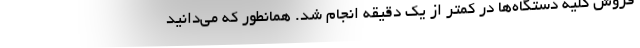
فروش کلیه دستگاه‌ها در کمتر از یک دقیقه انجام شد. همانطور که می‌دانید